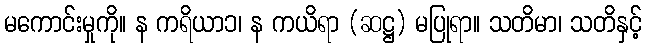
မကောင်းမှုကို။ န ကရိယာ၁၊ န ကယိရာ (ဆဋ္ဌ) မပြုရာ။ သတိမာ၊ သတိနှင့်